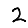
Digit: 2